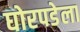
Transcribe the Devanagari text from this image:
घोरपडेला